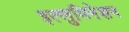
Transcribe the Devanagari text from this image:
इल्लुमिनेशन